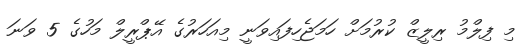
މި ފިލްމު ރިލީޒް ކުރުމަށް ހަމަޖެހިފައިވަނީ މިއަހަރުގެ އޭޕްރީލް މަހުގެ 5 ވަނަ